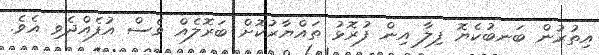
އިތުރުން ބަނބުކެޔޮ ފިލާ އިން ފުރޮޅު ތައްޔާރުކޮށް ބަރޮލެއް ވެސް އުފެއްދެވި އެވެ.